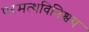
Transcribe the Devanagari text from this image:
परमत्थविनिश्चय